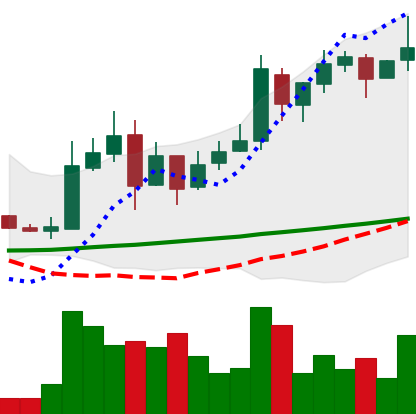
Ticker: LTC-USD
Chart end date: 2017-11-23
Forward return: 31.152%
Label: up_7plus